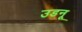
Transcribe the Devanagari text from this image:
उडनू